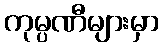
ကုမ္ပဏီများမှာ